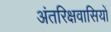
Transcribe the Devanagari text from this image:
अंतरिक्षवासियों